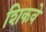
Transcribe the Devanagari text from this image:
शिकवे